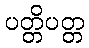
ပတ္တိပတ္တ